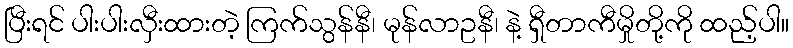
ပြီးရင် ပါးပါးလှီးထားတဲ့ ကြက်သွန်နီ၊ မုန်လာဥနီ၊ နဲ့ ရှီတာကီမှိုတို့ကို ထည့်ပါ။